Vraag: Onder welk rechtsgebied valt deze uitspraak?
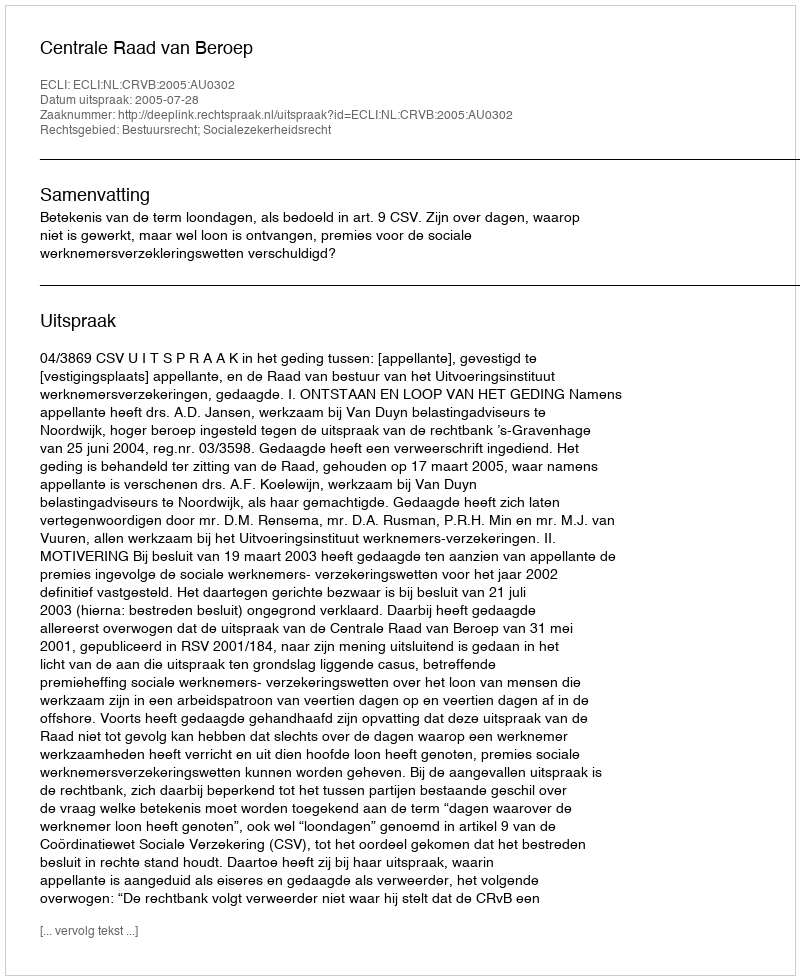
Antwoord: Bestuursrecht; Socialezekerheidsrecht